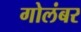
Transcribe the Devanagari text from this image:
गोलंबर